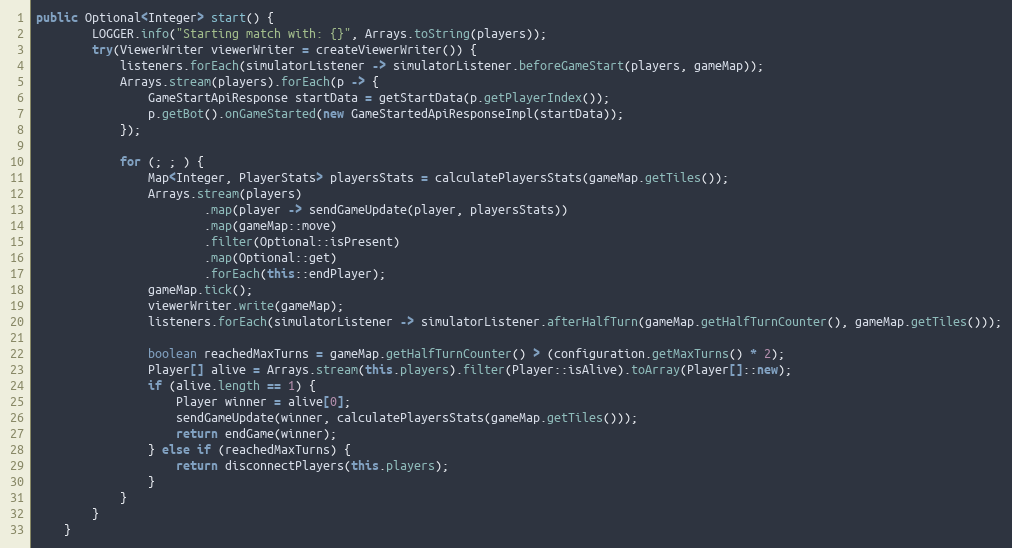
Language: Java
public Optional<Integer> start() {
        LOGGER.info("Starting match with: {}", Arrays.toString(players));
        try(ViewerWriter viewerWriter = createViewerWriter()) {
            listeners.forEach(simulatorListener -> simulatorListener.beforeGameStart(players, gameMap));
            Arrays.stream(players).forEach(p -> {
                GameStartApiResponse startData = getStartData(p.getPlayerIndex());
                p.getBot().onGameStarted(new GameStartedApiResponseImpl(startData));
            });

            for (; ; ) {
                Map<Integer, PlayerStats> playersStats = calculatePlayersStats(gameMap.getTiles());
                Arrays.stream(players)
                        .map(player -> sendGameUpdate(player, playersStats))
                        .map(gameMap::move)
                        .filter(Optional::isPresent)
                        .map(Optional::get)
                        .forEach(this::endPlayer);
                gameMap.tick();
                viewerWriter.write(gameMap);
                listeners.forEach(simulatorListener -> simulatorListener.afterHalfTurn(gameMap.getHalfTurnCounter(), gameMap.getTiles()));

                boolean reachedMaxTurns = gameMap.getHalfTurnCounter() > (configuration.getMaxTurns() * 2);
                Player[] alive = Arrays.stream(this.players).filter(Player::isAlive).toArray(Player[]::new);
                if (alive.length == 1) {
                    Player winner = alive[0];
                    sendGameUpdate(winner, calculatePlayersStats(gameMap.getTiles()));
                    return endGame(winner);
                } else if (reachedMaxTurns) {
                    return disconnectPlayers(this.players);
                }
            }
        }
    }